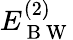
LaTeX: E_{\mathrm{~B~W~}}^{(2)}